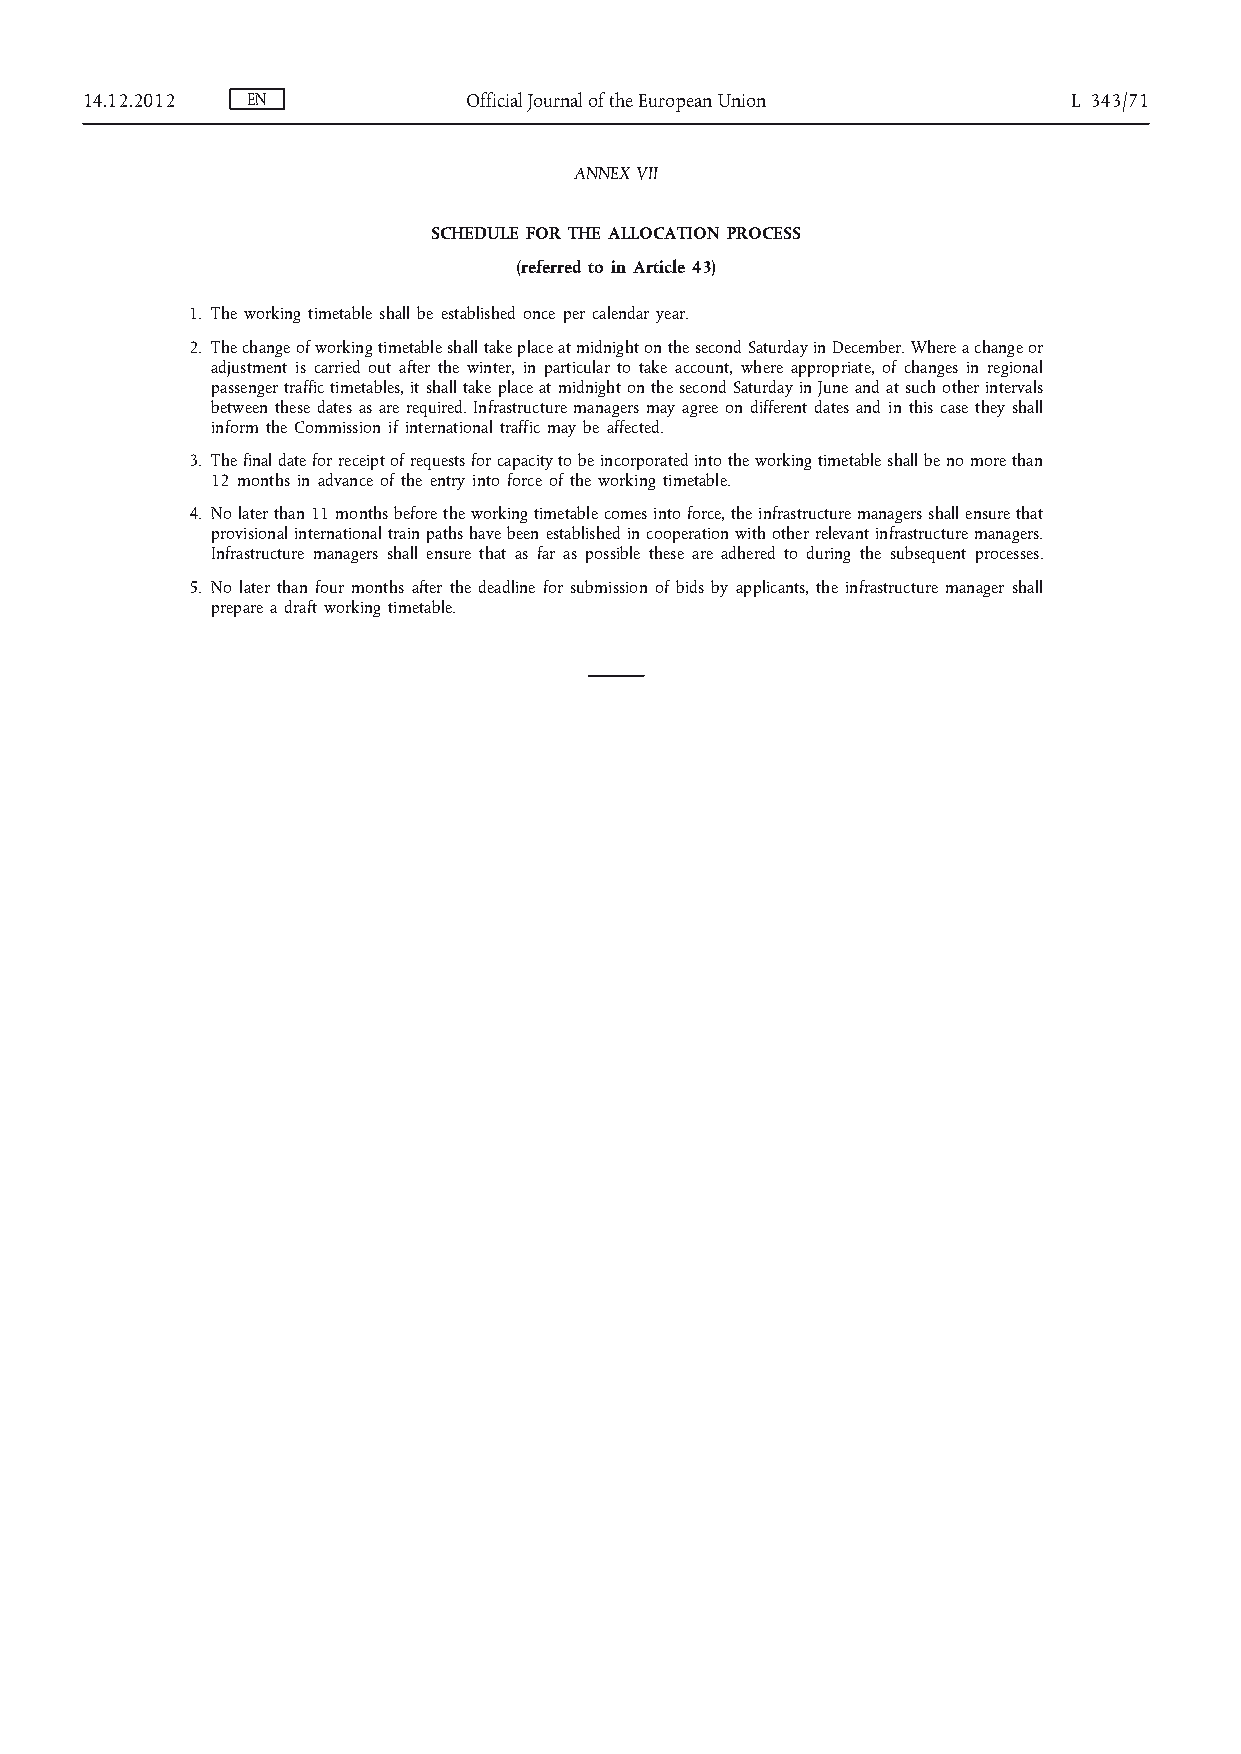
14.12.2012 EN             Official Journal of the European Union  L 343/71
 ANNEX VII
 SCHEDULE FOR THE ALLOCATION PROCESS
 (referred to in Article 43)
 1. The working timetable shall be established once per calendar year.
 2. The change of working timetable shall take place at midnight on the second Saturday in December. Where a change or
 adjustment is carried out after the winter, in particular to take account, where appropriate, of changes in regional
 passenger traffic timetables, it shall take place at midnight on the second Saturday in June and at such other intervals
 between these dates as are required. Infrastructure managers may agree on different dates and in this case they shall
 inform the Commission if international traffic may be affected.
 3. The final date for receipt of requests for capacity to be incorporated into the working timetable shall be no more than
 12 months in advance of the entry into force of the working timetable.
 4. No later than 11 months before the working timetable comes into force, the infrastructure managers shall ensure that
 provisional international train paths have been established in cooperation with other relevant infrastructure managers.
 Infrastructure managers shall ensure that as far as possible these are adhered to during the subsequent processes.
 5. No later than four months after the deadline for submission of bids by applicants, the infrastructure manager shall
 prepare a draft working timetable.